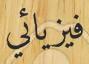
فيزيائي